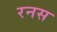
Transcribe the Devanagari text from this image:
रनस